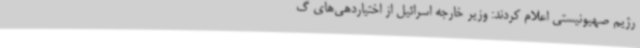
رژیم صهیونیستی اعلام کردند: وزیر خارجه اسرائیل از اختیاردهی‌های گ